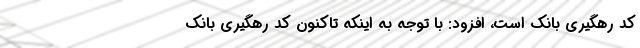
کد رهگیری بانک است، افزود: با توجه به اینکه تاکنون کد رهگیری بانک